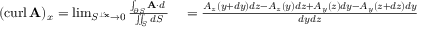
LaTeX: \begin{array} { r l } { ( \operatorname { c u r l } \mathbf { A } ) _ { x } = \operatorname* { l i m } _ { S ^ { \perp \mathbf { \hat { x } } } \to 0 } { \frac { \int _ { \partial S } \mathbf { A } \cdot d \mathbf { \ell } } { \iint _ { S } d S } } } & { { } = { \frac { A _ { z } ( y + d y ) d z - A _ { z } ( y ) d z + A _ { y } ( z ) d y - A _ { y } ( z + d z ) d y } { d y d z } } } \end{array}